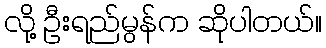
လို့ ဦးရည်မွန်က ဆိုပါတယ်။